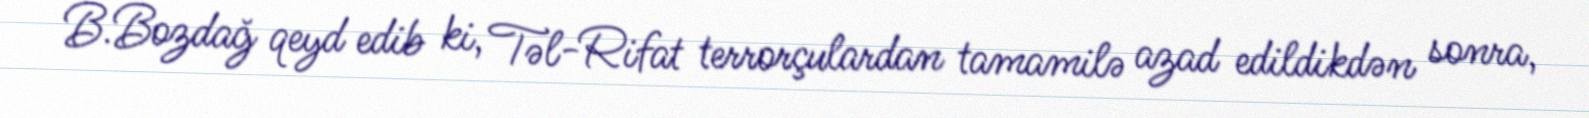
B.Bozdağ qeyd edib ki, Təl-Rifat terrorçulardan tamamilə azad edildikdən sonra,